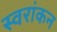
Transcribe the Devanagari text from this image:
स्वरांकन